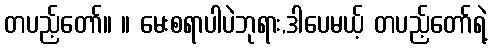
တပည့်တော်။ ။ မေးစရာပါပဲဘုရား,ဒါပေမယ့် တပည့်တော်ရဲ့